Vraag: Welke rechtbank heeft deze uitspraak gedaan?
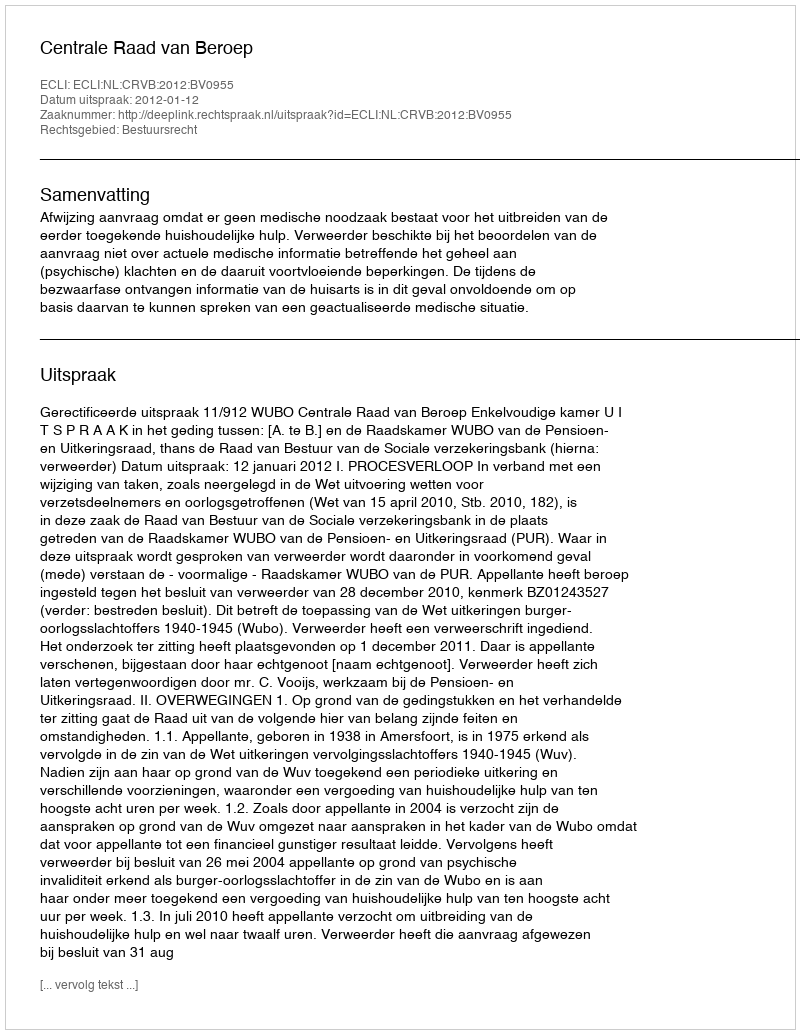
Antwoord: Centrale Raad van Beroep